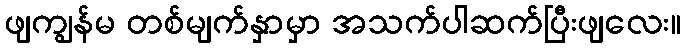
ဖျကျွန်မ တစ်မျက်နှာမှာ အသက်ပါဆက်ပြီးဖျလေး။